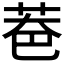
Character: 𦮹